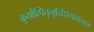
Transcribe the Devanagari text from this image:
कुर्यात्पितृनुद्दिश्ययत्नतः